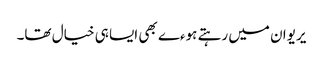
یریوان میں رہتے ہوءے بھی ایسا ہی خیال تھا۔